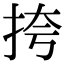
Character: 挎